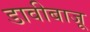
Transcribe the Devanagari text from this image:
डावीबाजू